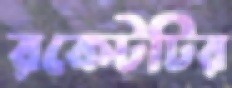
রকেটটির